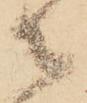
々